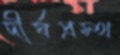
দীর্ঘপ্রস্থ